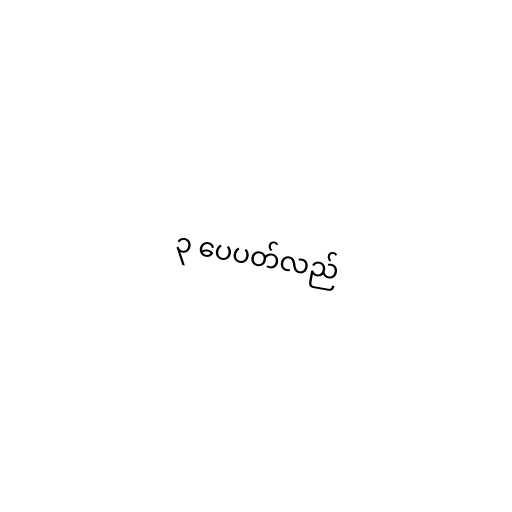
၃ ပေပတ်လည်